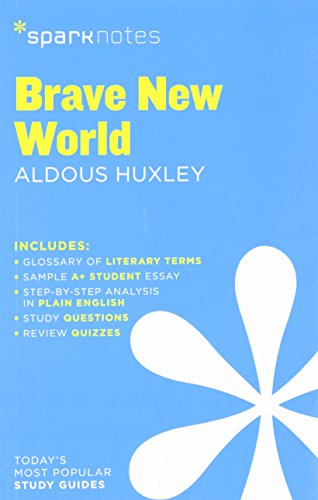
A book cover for Brave New World SparkNotes Literature Guide (SparkNotes Literature Guide Series); SparkNotes; Science Fiction & Fantasy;